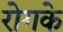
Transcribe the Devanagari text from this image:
रोगके